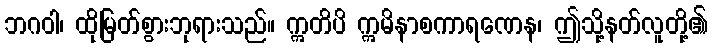
ဘဂဝါ၊ ထိုမြတ်စွားဘုရားသည်။ ဣတိပိ ဣမိနာစကာရဏေန၊ ဤသို့နတ်လူတို့၏